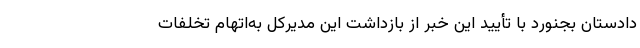
دادستان بجنورد با تأیید این خبر از بازداشت این مدیرکل به‌اتهام تخلفات